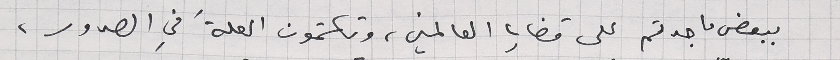
ببعض ما جدتم على قضايا العالمين، وتكتمون العلةَ في الصدور،